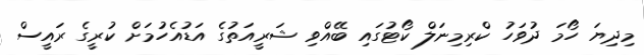
މިދިޔަ ހޯމަ ދުވަހު ކްރިމިނަލް ކޯޓުގައި ބޭއްވި ޝަރީއަތުގެ އަޑުއެހުމަށް ކުރީގެ ރައީސް